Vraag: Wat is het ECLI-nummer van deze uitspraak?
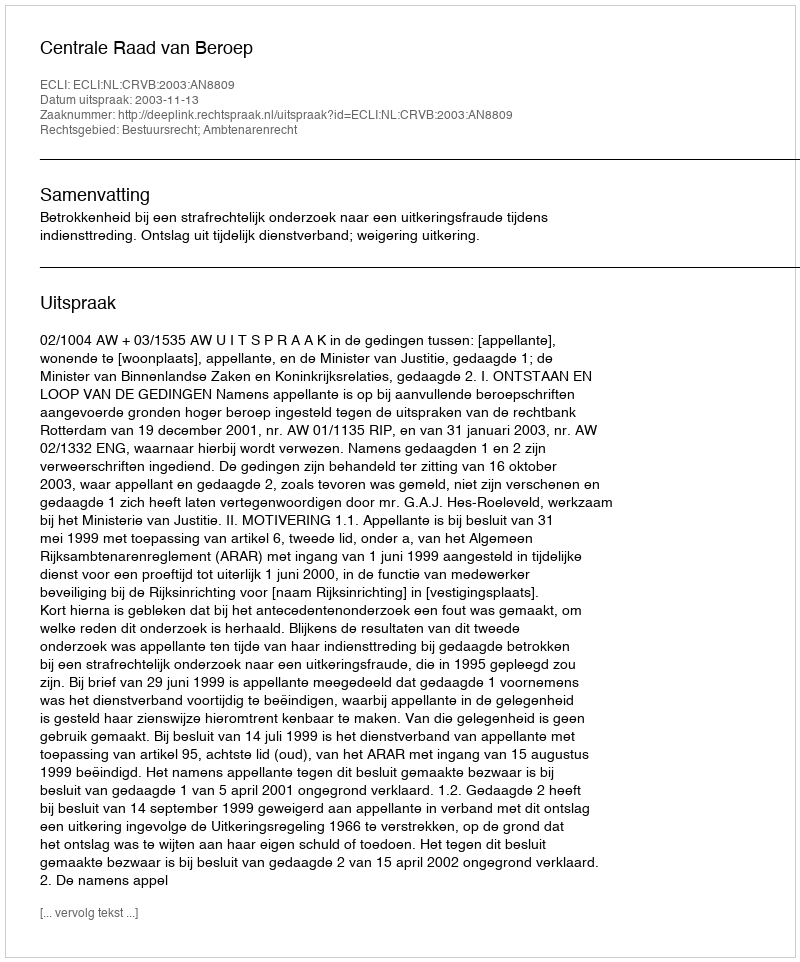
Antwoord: ECLI:NL:CRVB:2003:AN8809